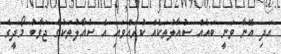
އަދި އޭނާ ވަނީ ބައެއް ސުއާލުތަކެއް ކުރައްވައި އެ ސުއާލުތަކުގެ ޖަވާބު މޯދީގެ